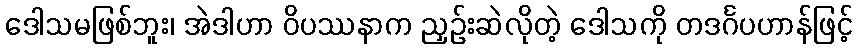
ဒေါသမဖြစ်ဘူး၊ အဲဒါဟာ ဝိပဿနာက ညှဉ်းဆဲလိုတဲ့ ဒေါသကို တဒင်္ဂပဟာန်ဖြင့်